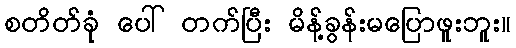
စတိတ်ခုံ ပေါ် တက်ပြီး မိန့်ခွန်းမပြောဖူးဘူး။